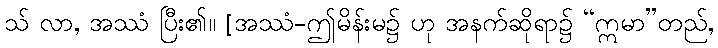
သ် လာ, အဿံ ပြီး၏။ [အဿံ-ဤမိန်းမ၌ ဟု အနက်ဆိုရာ၌ “ဣမာ”တည်,